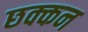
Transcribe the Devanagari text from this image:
छक्कन